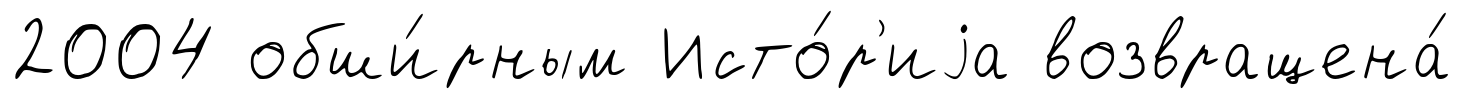
2004 обши́рным Исто́р'иjа возвращена́